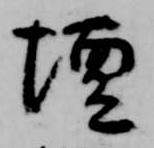
壇